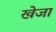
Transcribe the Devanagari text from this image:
खेजा